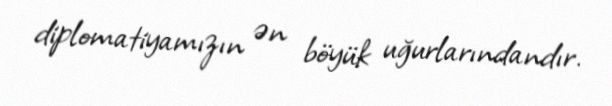
diplomatiyamızın ən böyük uğurlarındandır.